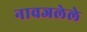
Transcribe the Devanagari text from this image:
नावजलेले